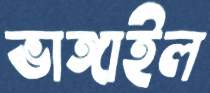
ভাঙ্গাইল